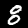
Digit: 8